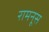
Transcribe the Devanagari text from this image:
रामनूस